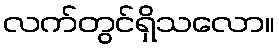
လက်တွင်ရှိသလော။